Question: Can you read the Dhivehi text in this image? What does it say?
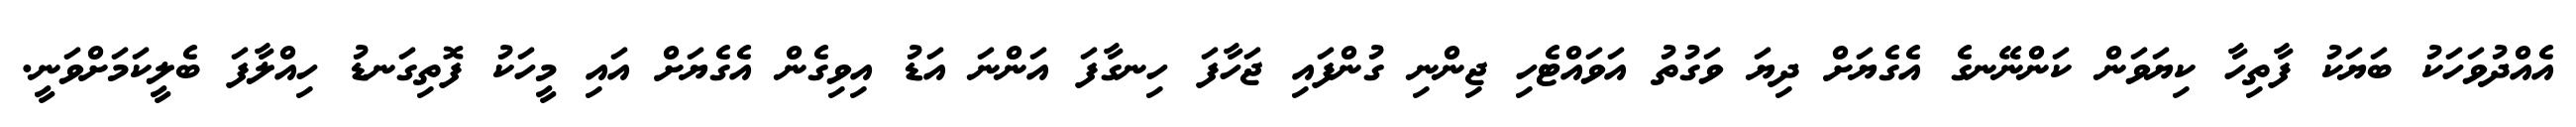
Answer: އެއްދުވަހަކު ބަޔަކު ފާތިހާ ކިޔަވަން ކަންނޭނގެ އެގެޔަށް ދިޔަ ވަގުތު އަވައްޓެހި ޖިންނި ގުންފައި ޖަހާފަ ހިނގާފަ އަންނަ އަޑު އިވިގެން އެގެޔަށް އައި މީހަކު ފޮތިގަނޑު ހިއްލާފަ ބެލީކަމަށްވަނީ.